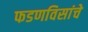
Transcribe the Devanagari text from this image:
फडणविसांचे